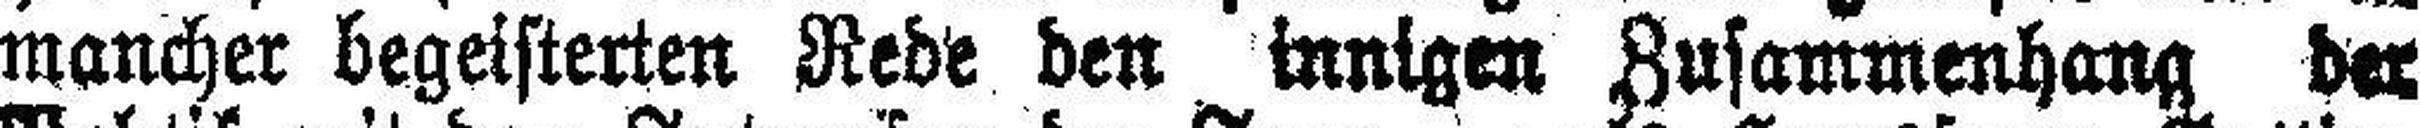
mancher begeisterten Rede den innigen Zusammenhang der